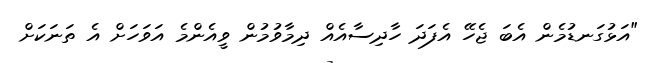
"އަޅުގަނޑުމެން އެބަ ޖެހޭ އެފަދަ ހާދިސާއެއް ދިމާވުމުން ވީއެންމެ އަވަހަށް އެ ތަނަކަށް